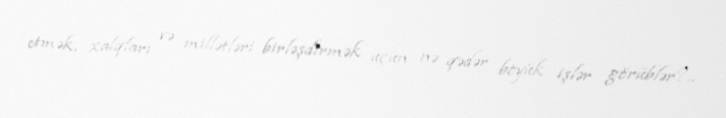
etmək, xalqları və millətləri birləşdirmək üçün nə qədər böyük işlər görüblər?..